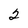
Character: 2